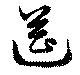
筵